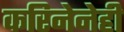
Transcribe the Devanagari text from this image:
करिनेनेही